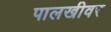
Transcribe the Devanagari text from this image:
पालखीवर